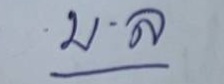
บ . ล